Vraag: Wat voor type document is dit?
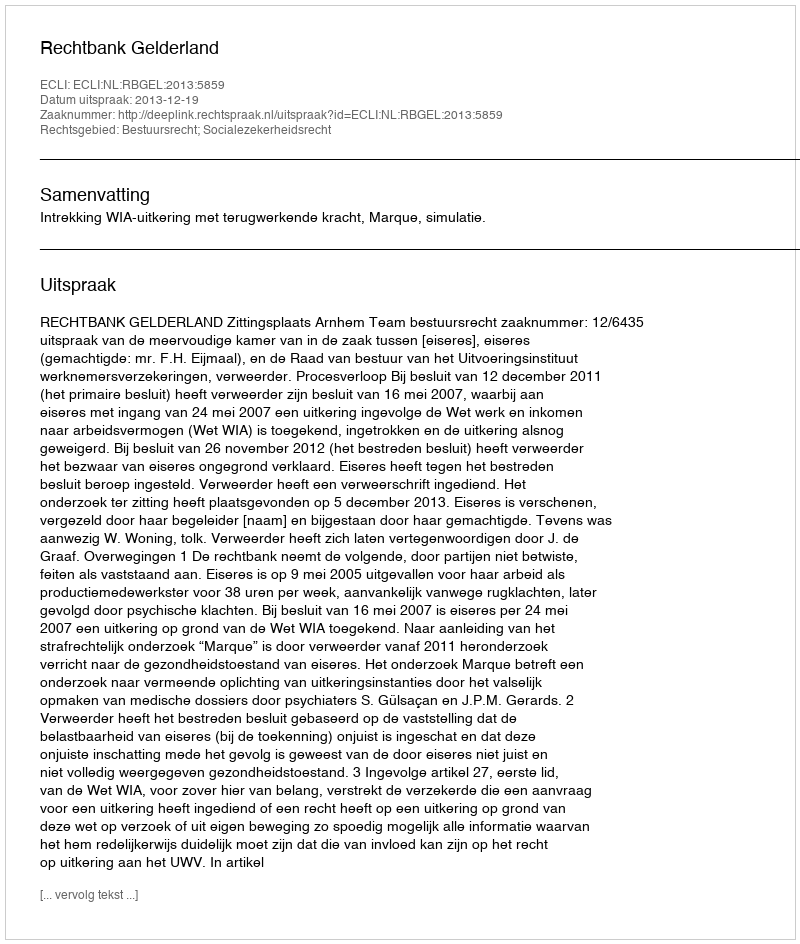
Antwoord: Uitspraak